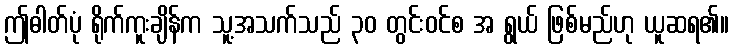
ဤဓါတ်ပုံ ရိုက်ကူးချိန်က သူ့အသက်သည် ၃၀ တွင်းဝင်စ အ ရွယ် ဖြစ်မည်ဟု ယူဆရ၏။